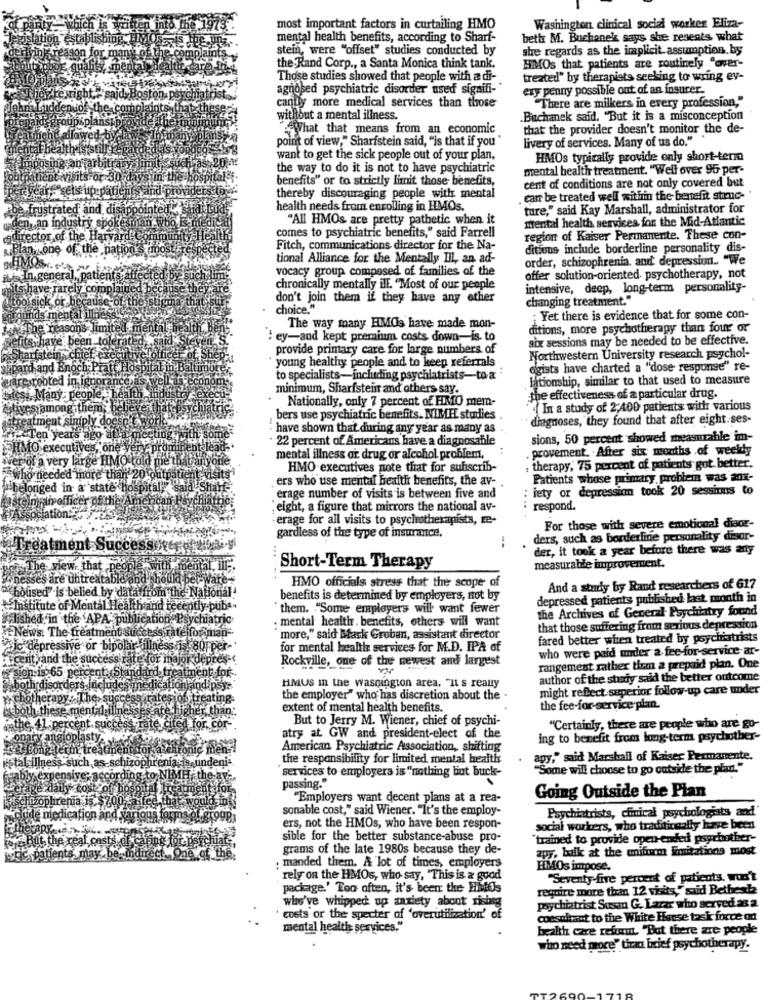
most important factors in curtailing HMO
Washington clinical social worker Eliza-
ion è
mental health benefits, according to Sharf-
beth M. Buchanek says she resents what
stein, were "offset" studies conducted by
she regards as the implicit.assumption.by
MIMOs that patients are routinely "over-
the Rand Corp ., a Santa Monica think tank.
Those studies showed that people with a di-
treated" by therapists seeking to wring ev-
agnosed psychiatric disorder used signifi-
ery penny possible out of an insurer.
‘saïda!
canfly more medical services than those
There are milkers in every profession,"
without a mental illness.
.Buchanek said. "But it is a misconception
What that means from an economic
that the provider doesn't monitor the de-
point of view," Sharfstein said, "is that if you"
livery of services. Many of us do."
want to get the sick people out of your plan,
HMOs typically provide only short-term
Imposing an
the way to do it is not to have psychiatric
mental health treatment. "Well over 95 per-
visits or 30 day
in the
benefits" or to strictly limit those benefits,
cent of conditions are not only covered but
thereby discouraging people with mental
. carr be treated well within the- benefit struc-
frustrated and disa
pointed Midt!
health needs from enrolling in HMOs.
ture," said Kay Marshall, administrator for
"All HMOs are pretty pathetic when it
mental health services for the Mid-Atlantic
comes to psychiatric benefits," said Farrell
director of the
region of Kaiser Permanente. These con-
ation: st most
Fitch, communications director for the Na-
ditions include borderline personality dis-
tional Alliance for the Mentally Ill, an ad-
order, schizophrenia, and depression .. "We
vocacy group composed of families of the
offer solution-oriented. psychotherapy, not
have rarel
chronically mentally ill. "Most of our people
intensive, deep, long-term personality-
don't join them if they have any other
changing treatment."
choice."
unds me
Yet there is evidence that for some con-
he reas
The way many HIMOs have made mon-
ditions, more psychotherapy than four or
s have been.
" ey-and kept premium costs down-is. to
six sessions may be needed to be effective.
provide primary care for large numbers of
young healthy people and to keep referrals
Northwestern University research psychol-
hpard and Enoch;
ogists have charted a "dose response" re-
vare robted in ign
to specialists-including psychiatrists-to-&
lationship, similar to that used to measure
minimum, Sharfstein and others say.
Many: people
Nationally, only 7 percent of FMO mem-
the effectiveness of a particular drug.
gither
In a study of 2;400 patients with various
bers use psychiatric benefits. NIMEL studies
diagnoses, they found that after eight.ses-
have shown that during any year as many as
· 22 percent of Americans have a diagnosable
sions, 50 percent showed measurable im-
HMO
executive
provement. . After six months .of weekdy
very large HMO told me th
mental illness or drug or alcohol problem,
HMO-executives note that for suhscrib-
therapy, 75 percent of patients got better.
ceded more
ers who use mental health benefits, the av-
Patients whose primary problem was anx-
belonged in a
Aja Shaff-
: iety or depression took 20 sessions to
fim officer of
erage number of visits is between five and
, eight, a figure that mirrors the national av-
respond.
erage for all visits to psychotherapists, re-
For those with severe emotional dieor-
gardless of the type of insurance,
ders, such as borderline personality disor-
Treatment Suco
.
der, it took a year before there was any
e wiew. that p
Short-Term Therapy
measurable improvement.
e'untreatabl
d should be
belied by data from the Natio
HMO officials stress that the scope of
And a study by Rand researchers of 617
benefits is determined by employers, not by
depressed patients published last month in
itute of Mental Health and recently puba-
"them. "Some employers will want fewer
the Archives of General Psychiatry found
in the APA- publications
ychiatric
: mental health. benefits, others will want
News: The treatment success rate for man-
that those suffering from serious depression
more," said Mask Groban, assistant director
fared better when treated by psychiatrists
ressive or bipolar tillnes
is 80Fper-
for mental health services for M.D. IPA of
who were paid under a fee-for-service ar-
it, and the success rate for
epres-
Rockville, one of the newest and largest
an is 65 percent. Standard. fr
rangement rather tira a prepaid plan. One
ment for ..
author of the stariy said the better outcome
th disorders includes medicationkindipsy.
HMUS In the washington area, "IL s really
might reflect superior follow-up care under
therapy : The, suc
Teating-
the employer" who has discretion about the -
is both these mental ill
extent of mental health benefits.
the fee-for-service plan.
sate higher than:
But to Jerry M. Wiener, chief of psychi-
the.4
percent. success rate, cited for. cor -.
"Certainly, there are people who are go-
lasty
atry at GW and president-elect of the
ing to benefit from long-term psychother-
itreaGen
Hitonic men
American Psychiatric Association, shifting
iptal illness such as schizophrenia is undeni -.
the responsibility for limited mental health
agy," said Marshall of Kaiser Permanente.
"services to employers is "nothing but buck-
"Some will choose to go outside the plan."
:according
to NI
passing."
ily cos ¿of bpsa
"Employers want decent plans at a rea-
Going Outside the Pian
chizophrenia is $200%-aifec fb
sonable cost," said Wiener. "It's the employ-
Psychiatrists, clinical psychologists and'
le medication and sar
ers, not the HMOs, who have been respon-
social workers, who traditireally have been
the real costs
sible for the better substance-abuse pro-
"trained to provide open-ended psychother-
grams of the late 1980s because they de-
zpy, bulk at the uniform luirations most
ents may be
ct One of the.
: manded them. A lot of times, employers
HIMOs impose.
rely on the HMOs, who say, "This is a good
"Seventy five percent of patients. won't
package.' Too often, it's been the Hills
require more tiran 12 visits," said Betbest
who've whipped up anxiety about rising
psychiatrist Susan G. Lazar who served as a
· costs or the specter of 'overutilization' of
consultant to the White Horse task force od
mental health services,"
health care reformit. "But there are people
who need more" tiran brief psychotherapy.